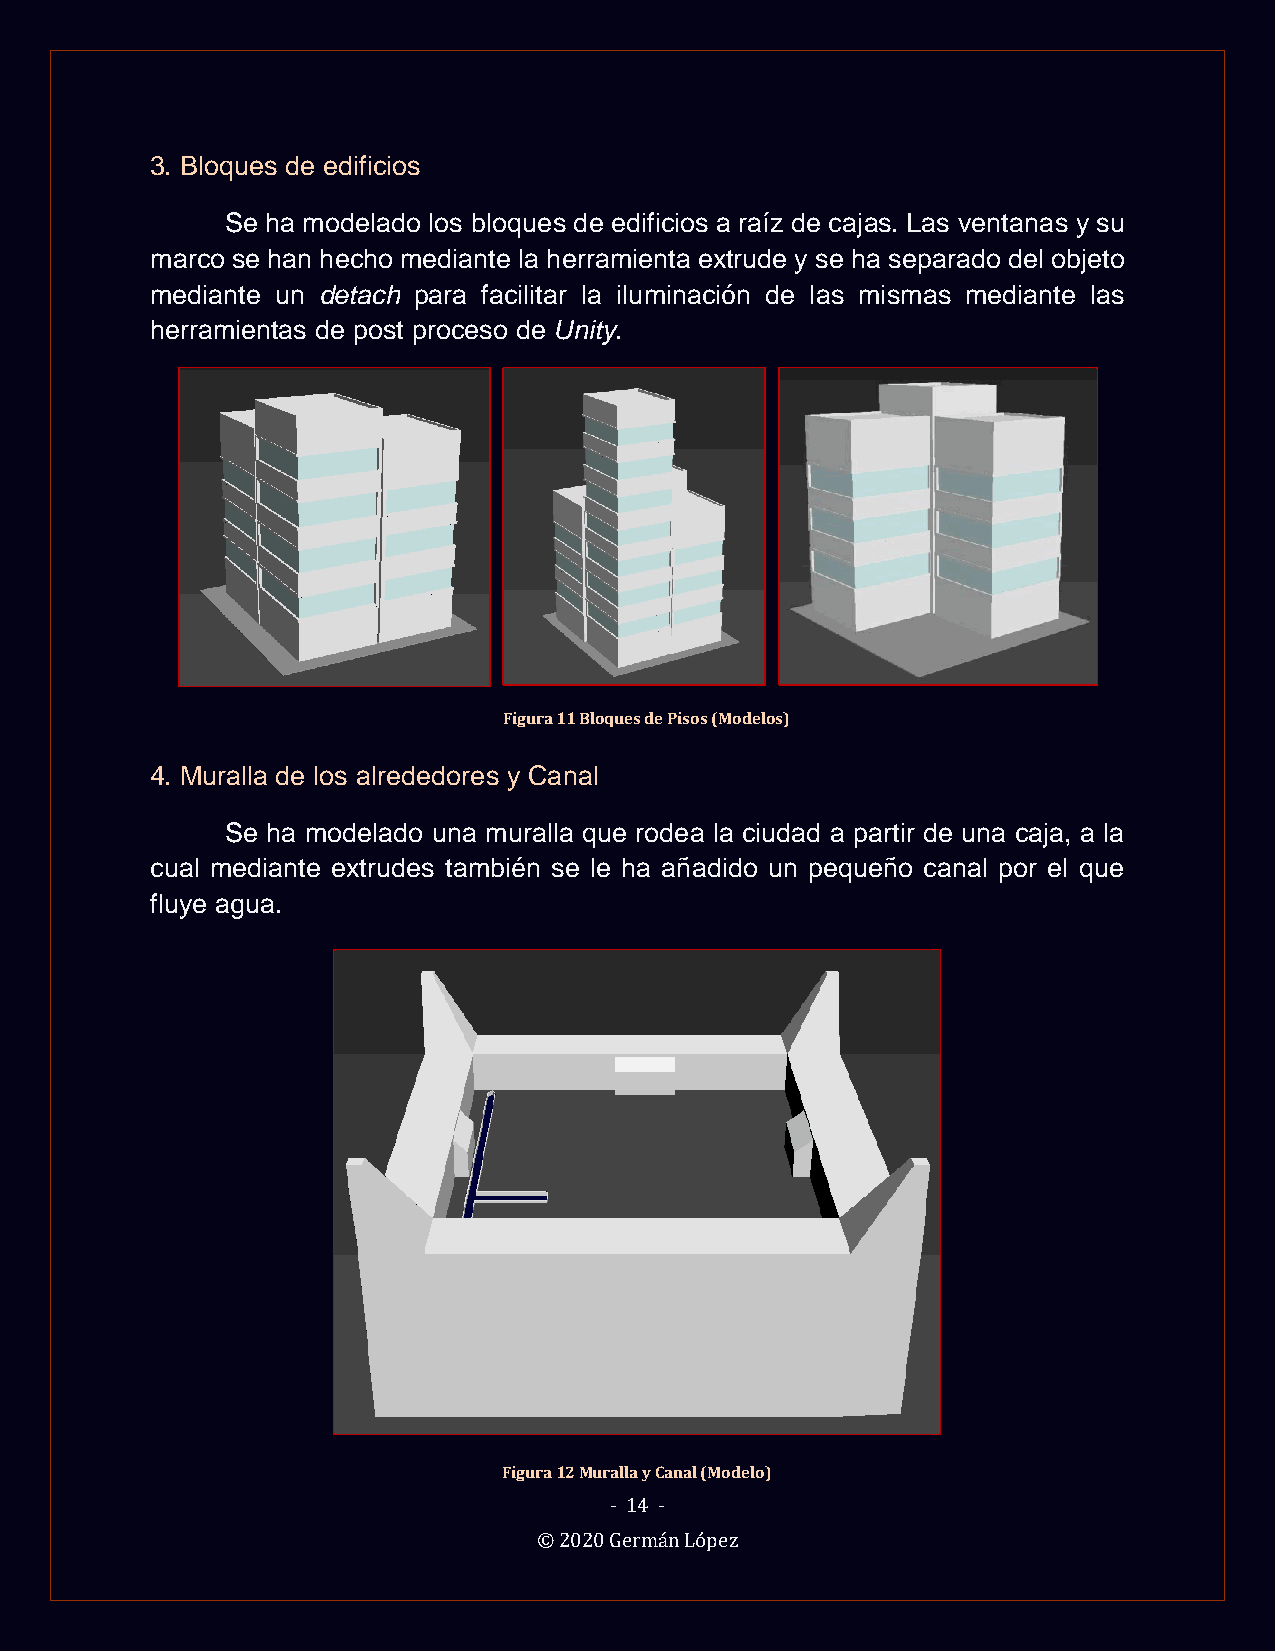
3. Bloques de edificios
 Se ha modelado los bloques de edificios a raíz de cajas. Las ventanas y su
 marco se han hecho mediante la herramienta extrude y se ha separado del objeto
 mediante un detach para facilitar la iluminación de las mismas mediante las
 herramientas de post proceso de Unity.
 Figura 11 Bloques de Pisos (Modelos)
 4. Muralla de los alrededores y Canal
 Se ha modelado una muralla que rodea la ciudad a partir de una caja, a la
 cual mediante extrudes también se le ha añadido un pequeño canal por el que
 fluye agua.
 Figura 12 Muralla y Canal (Modelo)
 - 14 -
 © 2020 Germán López